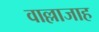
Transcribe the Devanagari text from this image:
वाल्लाजाह